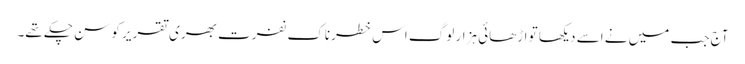
آج جب میں نے اسے دیکھا تو اڑھائی ہزار لوگ اس خطرناک نفرت بھری تقریر کو سن چکے تھے۔